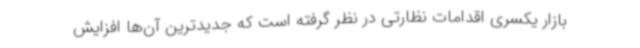
بازار یکسری اقدامات نظارتی در نظر گرفته است که جدیدترین آن‌ها افزایش